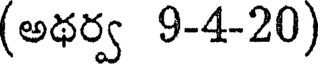
(అథర్వ 9-4-20)